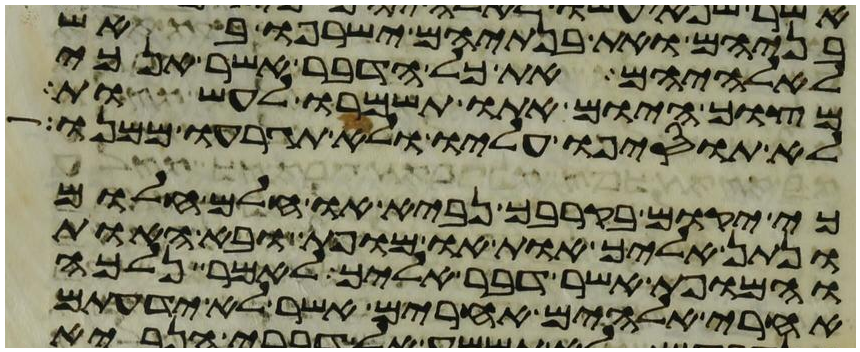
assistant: בניהם ואת בנתיהם ישרפו באש
לאלהיהם את כל הדבר אשר אנכי
מצוך היום אתו תשמרו לעשות
לא תוסיפו עליו ולא תגרעו ממנו
כי יקום בקרבך נביא או חלם חלום
ונתן אליך אות או מופת ובא האות
והמופת אשר דבר אליך לאמר נלכה
אחרי אלהים אחרים אשר לא ידעתם